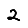
Digit: 2